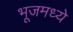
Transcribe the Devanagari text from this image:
भूजमध्ये